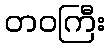
တဝကြီး